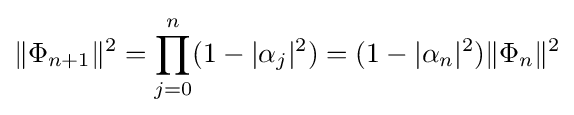
\|\Phi _{n+1}\|^{2}=\prod _{j=0}^{n}(1-|\alpha _{j}|^{2})=(1-|\alpha _{n}|^{2})\|\Phi _{n}\|^{2}